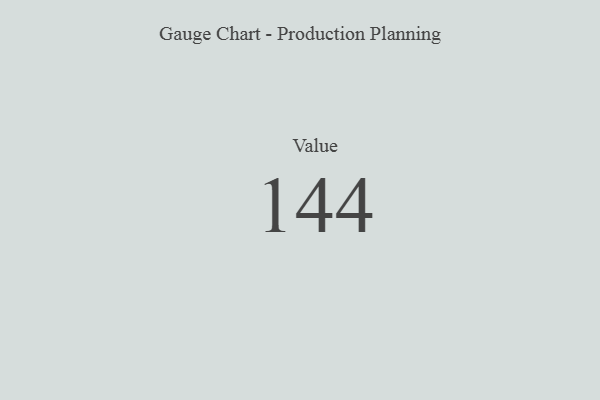
{"axis": {"x": "Metric", "y": "Value"}, "legend": [""], "data": [{"x": "Value", "y": 144, "type": ""}]}